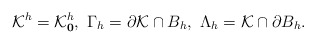
\begin{align*} \mathcal K^h=\mathcal K_{\mathbf 0}^h,\ \Gamma_h=\partial \mathcal K\cap B_h, \ \Lambda _h=\mathcal K\cap \partial B_h. \end{align*}